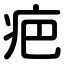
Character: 疤